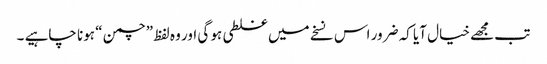
تب مجھے خیال آیا کہ ضرور اس نسخے میں غلطی ہو گی اور وہ لفظ ”چمن “ ہونا چاہیے ۔